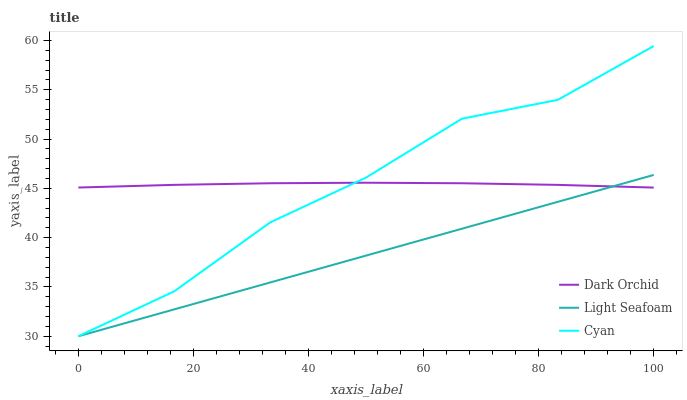
| xaxis_label | Dark Orchid | Light Seafoam | Cyan |
 | --- | --- | --- | --- |
 | 0 | 45.1 | 30 | 30 |
 | 16.7 | 45.4 | 32.7 | 34.6 |
 | 33.3 | 45.5 | 35.5 | 41.5 |
 | 50 | 45.6 | 38.2 | 46.1 |
 | 66.7 | 45.5 | 40.9 | 52.1 |
 | 83.3 | 45.4 | 43.6 | 54 |
 | 100 | 45.1 | 46.4 | 59.4 |